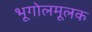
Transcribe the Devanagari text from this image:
भूगोलमूलक